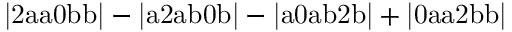
\mathrm { | 2 a a 0 b b | - | a 2 a b 0 b | - | a 0 a b 2 b | + | 0 a a 2 b b | }